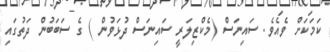
ކަމަކަށް ވެއެވެ. ސައިނަސް (މެކްޒިލަރީ ސައިނަސް ދުޅަވުން ) ގެ ސަބަބުން ދަތުގައި